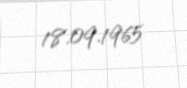
18.09.1965